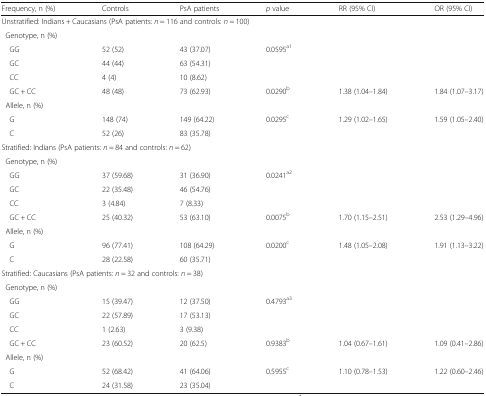
<table><thead><tr><td><b>Frequency, n (%)</b></td><td><b>Controls</b></td><td><b>PsA patients</b></td><td><b><i>p</i> value</b></td><td><b>RR (95% CI)</b></td><td><b>OR (95% CI)</b></td></tr></thead><tbody><tr><td colspan="6">Unstratified: Indians + Caucasians (PsA patients: <i>n</i> = 116 and controls: <i>n</i> = 100)</td></tr><tr><td colspan="6"> Genotype, n (%)</td></tr><tr><td> GG</td><td>52 (52)</td><td>43 (37.07)</td><td rowspan="3">0.0595<sup>a1</sup></td><td rowspan="3" colspan="2"></td></tr><tr><td> GC</td><td>44 (44)</td><td>63 (54.31)</td></tr><tr><td> CC</td><td>4 (4)</td><td>10 (8.62)</td></tr><tr><td> GC + CC</td><td>48 (48)</td><td>73 (62.93)</td><td>0.0290<sup>b</sup></td><td>1.38 (1.04–1.84)</td><td>1.84 (1.07–3.17)</td></tr><tr><td colspan="6"> Allele, n (%)</td></tr><tr><td> G</td><td>148 (74)</td><td>149 (64.22)</td><td rowspan="2">0.0295<sup>c</sup></td><td rowspan="2">1.29 (1.02–1.65)</td><td rowspan="2">1.59 (1.05–2.40)</td></tr><tr><td> C</td><td>52 (26)</td><td>83 (35.78)</td></tr><tr><td colspan="6">Stratified: Indians (PsA patients: <i>n</i> = 84 and controls: <i>n</i> = 62)</td></tr><tr><td colspan="6"> Genotype, n (%)</td></tr><tr><td> GG</td><td>37 (59.68)</td><td>31 (36.90)</td><td rowspan="3">0.0241<sup>a2</sup></td><td rowspan="3" colspan="2"></td></tr><tr><td> GC</td><td>22 (35.48)</td><td>46 (54.76)</td></tr><tr><td> CC</td><td>3 (4.84)</td><td>7 (8.33)</td></tr><tr><td> GC + CC</td><td>25 (40.32)</td><td>53 (63.10)</td><td>0.0075<sup>b</sup></td><td>1.70 (1.15–2.51)</td><td>2.53 (1.29–4.96)</td></tr><tr><td colspan="6"> Allele, n (%)</td></tr><tr><td> G</td><td>96 (77.41)</td><td>108 (64.29)</td><td rowspan="2">0.0200<sup>c</sup></td><td rowspan="2">1.48 (1.05–2.08)</td><td rowspan="2">1.91 (1.13–3.22)</td></tr><tr><td> C</td><td>28 (22.58)</td><td>60 (35.71)</td></tr><tr><td colspan="6">Stratified: Caucasians (PsA patients: <i>n</i> = 32 and controls: <i>n</i> = 38)</td></tr><tr><td colspan="6"> Genotype, n (%)</td></tr><tr><td> GG</td><td>15 (39.47)</td><td>12 (37.50)</td><td rowspan="3">0.4793<sup>a3</sup></td><td rowspan="3" colspan="2"></td></tr><tr><td> GC</td><td>22 (57.89)</td><td>17 (53.13)</td></tr><tr><td> CC</td><td>1 (2.63)</td><td>3 (9.38)</td></tr><tr><td> GC + CC</td><td>23 (60.52)</td><td>20 (62.5)</td><td>0.9383<sup>b</sup></td><td>1.04 (0.67–1.61)</td><td>1.09 (0.41–2.86)</td></tr><tr><td colspan="6"> Allele, n (%)</td></tr><tr><td> G</td><td>52 (68.42)</td><td>41 (64.06)</td><td rowspan="2">0.5955<sup>c</sup></td><td rowspan="2">1.10 (0.78–1.53)</td><td rowspan="2">1.22 (0.60–2.46)</td></tr><tr><td> C</td><td>24 (31.58)</td><td>23 (35.04)</td></tr></tbody></table>